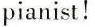
pianist!